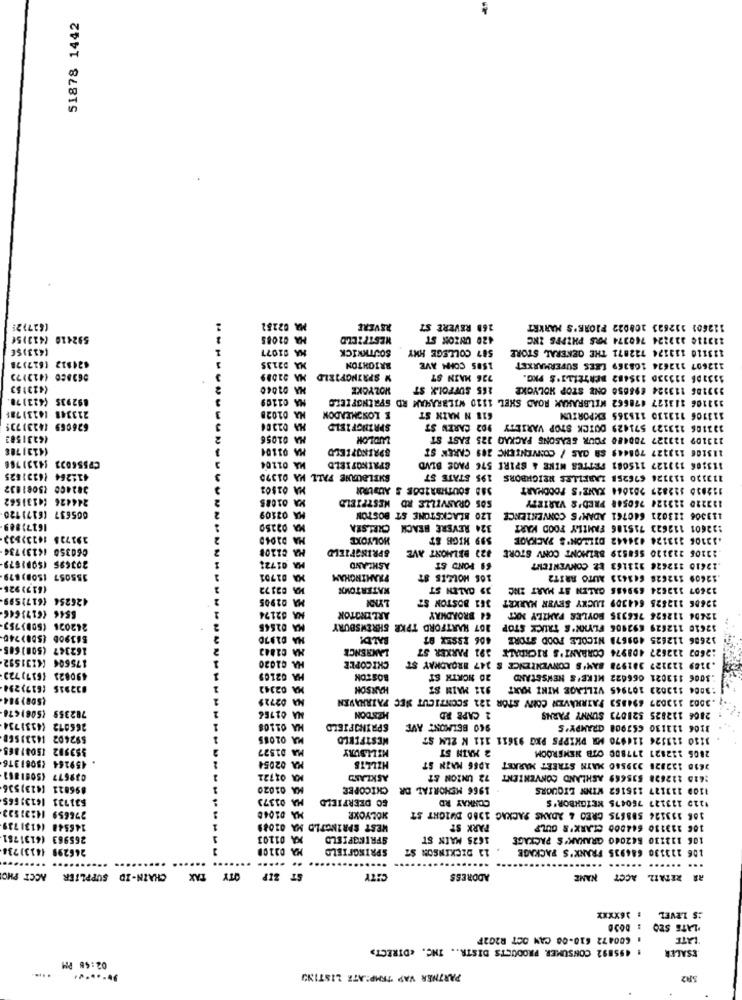
51878 1442
(627)25
M2 02252
REVERE
268 REVERE ST
112601 112623 108022 FIORE'S MARKET
592410 (413)5€
HA 02085
MESTFIELD
420 UNION ST
212110 323224 760374 MRS PHIPES INC
(413)SE
MA 01077
SOUTKNICK
587 COLLEGE HRY
113110 113174 722871 THE GENERAL STORE
#24812 (617)28
MA 02135
BRIGHTON
1585 COHN AVE
112607 112624 108369 LEES SUPERMARKET
063850 (412123
W SPRINGFIELD
726 MAIN ST
3331DB 323330 135482 BERTELLI'S PKG.
(423153
MA 02060
HOLYOKE
265 SUFFOLK ST
333186 113224 698850 ONE STOP HOLYOKE
892935 (413)78.
NA 01109
131106 313127 478662 MILBRAHAM ROAD SHEL 1110 WILBRAHAM RD SPRINGFIELD
213348 (413)785
NA 01028
E LONOMEADON
618 N MAIN ST
113106 113110 115365 EXPORIUM
626069 (4231735
HA 02304
SPRINGFIELD
123106 113327 571429 QUICK STOP VARIETY 902 CAREN ST
16231583
MA 01056
LUDLOK
113109 122227 700480 FOUR SEASONS PACKAG 125 EAST ST
(4131788
MA 01104
SPRINGFIELD
115106 132227 708445 SA GAS / CONVENIENC 289 CAREK ST
CP556023 (4131766
MA 01104
SPRINGFIELD
113106 133127 115081 SETTES MIKE & SPIRE 576 PAGE BLVD
415264 (4331625
SHELBURNE FALL MA 01370
113320 133326 676258 LABELLES NEIGHBORS 195 STATE ST
382400 15081032
MA 01502
388 SOUTHBRIDGE S AUBURN
112830 122827 282064 XANE'S FOODHART
244426 14131562
KA 01085
SOS GRANVILLE RD WESTFIELD
122220 222124 760548 FRED'S VARIETY
605637 (617)120
MA 02509
120 BLACKSTONE ST BOSTON
113306 113021 640761 ADAM'S CONVENIENCE
1617)889
MA 02250
324 REVERE BEACH CHELSEA
122601 112623 715186 FAMILY FOOD KART
191728 14232832
MA DIDAD
HOLYOKE
599 HIGH ST
.33106 333124 634442 DILLON'S PACKAGE
060350 (413)734
SPRINGFIELD
#23 BELMONT AVE
23105 223120 568519 BELMONT CONV STORE
203695 (SOP)679-
MA 0172:
ASHLAND
69 POND ST
12610 112626 311163 EZ COMVENICHT
355057 1508)879
MA 01701
FRAMINGHAM
108 HOLLES ST
12609 112628 641423 AUTO ARIT2
(617)926
10 023 72
KATERTOWN
39 GALEN ST
32607 112624 699486 GALEN ST MART INC
426254 (617)599
MA 02905
361 BOSTON ST
12606 112825 644309 LUCKY SEVEN MARKET
6546 (6173646
NA 62174
ARLINGTON
12406 112626 756335 BOYLES FAMILY NKT 64 BROADWAY
242026 (5083753-
KA 02545
107 HARTFORD TPKR SHREWSBURY
32610 112629 692406 FLYNN'S TRUCK STOP
MA 01970
BALD!
406 ESSEX 87
1: 12686 112625 409678 NICOLE FOOD STORE
162347 (500)685
MA 02843
LAMRENCE
:2603 122627 408974 CORRANI'S RICKDALE 391 PARKER ST
175604 14131592
HA 01020
CHICOPEE
.3189 123127 381978 BAX'S CONVENIENCE S 247 BROADKAY ST
490823 (637)723
HA 02109
BOSTON
20 NORTH ST
.3006 113021 066622 MIKE'S NEWSSTAND
032915 (617)294
MA 02342
HANSON
921 MAIN ST
3004 113023 107945 VILLAGE MINI MART
(508) 984
NA 02729
.3003 313027 694853 FAIRHAVEN CONY STOR 121 SCONTICUT SEC FAIRHAVEN
782359 (506)678
NA 01766
HENDON
2 CAPE RD
2806 112825 528073 SUNNY PARNS
266072 (4331734
MA 01108
SPRINGFIELD
940 BELMONT AVE
3106 111130 653908 GRAMPY'S
592402 14331568
MA OL085
WESTFIELD
3150 113326 114870 MR PKIPPS PKG 93611 111 K 2LM ST
$$3992 15081865
MA 01527
MILLBURY
2 MAIN ST
2806 132827 177800 OTB NEWSROOM
. 459264 (5081376
MA 02054
HILLTS
2610 132328 339540 MATH STREET MARKET ADSG MAIN ST
039677 45081861
MR 01721
ASKLAND
1618 212628 535669 ASHLAND CONVENIENT 72 UNION &T
896821 (413)536
MA 01020
CHICOPEE
1966 MEMORIAL DR
1109 113127 135162 WINN LIQUORS
531731 1413:665
A 01373
MA
SO DEERFIELD
CONKAY RD
1110 123127 760475 KETONBOR'S
276659 14221523
106 153124 588675 CREO & ADAMS PACKAG 1980 DWIGHT ST
MA 01040
HOLYOKE
146548 (4131 739
WEST SPRINGTLD MA 01089
PARK ST
106 113130 644000 CLARK'S GULF
265963 16131781
XA 01103
SPRINGFIELD
1625 MAIN ST
106 112130 542040 GRAHAM'S PACKAGE
246299 (4131738
SPRINGFIELD
11 DICKINSON ST
106 123130 684935 FRANK'S PACKAGE
... .....
... ...... .....
SUPPLIER ACCT PHO
CHAIN-ID
TAK
OTY
ST ZIP
CITY
ADDRESS
NAME
RR RETAIL ACCT
: 16XXXX
IS LEVEL
'LATE SEO
: 600472 610-00 CAN OCT R2G2F
LATE
: 495892 CONSUMER PRODUCTS DISTR .. INC. «DIRECT>
ESALER
02:48 PM
PARTNER VAP TEMPLATE LISTING